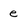
Character: e